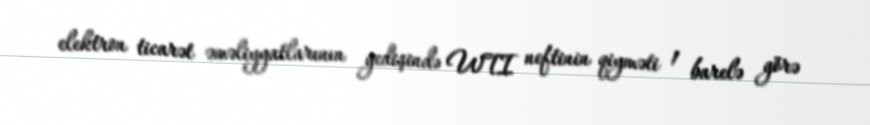
elektron ticarət əməliyyatlarının gedişində WTI neftinin qiyməti 1 barelə görə